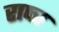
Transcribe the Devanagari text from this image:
राष्त्र